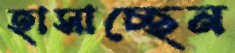
হাসাচ্ছেন